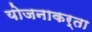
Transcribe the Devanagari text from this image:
योजनाकर्ता